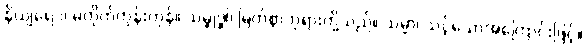
နိယျရေ၁၊ မတိုက်တွန်းကုန်။ သမ္ဗုဒ္ဓါ၊ မြတ်စွာဘုရားတို့သည်။ သမ္မာ၊ သင့်သောအကြောင်းဖြင့်။